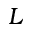
L